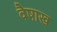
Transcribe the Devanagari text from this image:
वैषाख